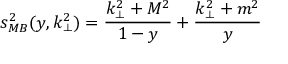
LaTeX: s _ { M B } ^ { 2 } ( y , k _ { \perp } ^ { 2 } ) = \frac { k _ { \perp } ^ { 2 } + M ^ { 2 } } { 1 - y } + \frac { k _ { \perp } ^ { 2 } + m ^ { 2 } } { y }